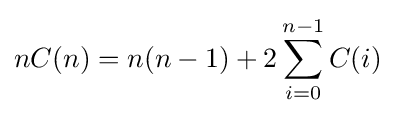
nC(n)=n(n-1)+2\sum _{i=0}^{n-1}C(i)